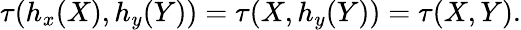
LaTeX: \tau(h_{x}(X),h_{y}(Y))=\tau(X,h_{y}(Y))=\tau(X,Y).